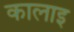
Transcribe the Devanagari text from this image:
कालाइ